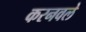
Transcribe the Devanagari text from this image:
करनवले